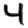
Digit: 4